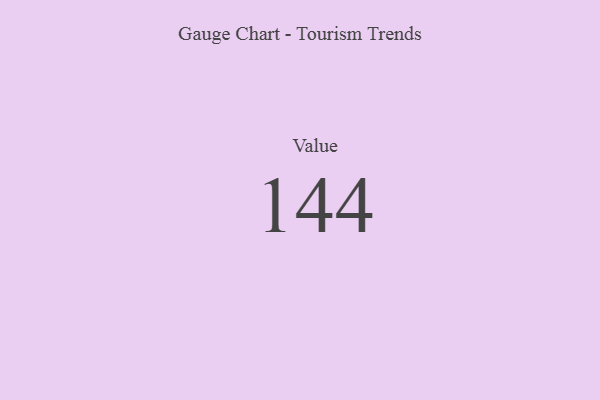
{"axis": {"x": "Metric", "y": "Value"}, "legend": [""], "data": [{"x": "Value", "y": 144, "type": ""}]}